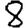
Digit: 8